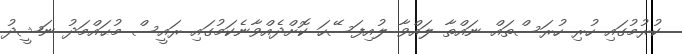
ކުރުމުގައި ހުރި ހުރަސްތައް ނައްތާ ލައްވާ ލުއިފަސޭހަ ކޮށްދެއްވާނެކަމުގައި ރައީސް މުޙައްމަދު ނަޝީދު